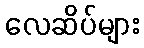
လေဆိပ်များ